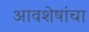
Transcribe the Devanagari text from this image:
आवशेषांचा